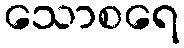
သောစရေ